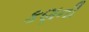
કણની